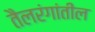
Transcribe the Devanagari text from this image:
तैलरंगांतील